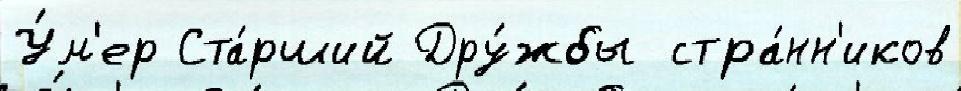
У́м'ер Ста́рший Дру́жбы стра́нн'иков